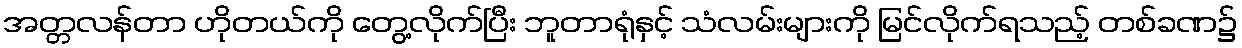
အတ္တလန်တာ ဟိုတယ်ကို တွေ့လိုက်ပြီး ဘူတာရုံနှင့် သံလမ်းများကို မြင်လိုက်ရသည့် တစ်ခဏ၌